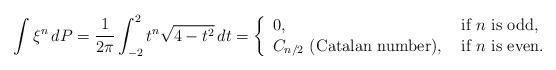
LaTeX: \begin{align*} \int \xi^n \, dP = \frac{1}{2 \pi} \int_{-2}^2 t^n \sqrt{4 - t^2} \, dt = \left\{ \begin{array}{ll}0, & \mbox{ if $n$ is odd,} \\C_{n/2} \mbox{ (Catalan number),} & \mbox{ if $n$ is even.} \end{array} \right.\end{align*}